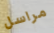
مراسل